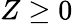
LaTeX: Z\geq 0